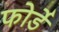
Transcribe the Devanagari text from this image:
फोर्डे